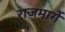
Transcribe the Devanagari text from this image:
राजमार्गे